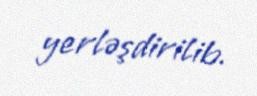
yerləşdirilib.